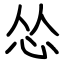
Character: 怂